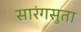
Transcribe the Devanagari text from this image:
सारंगसुता